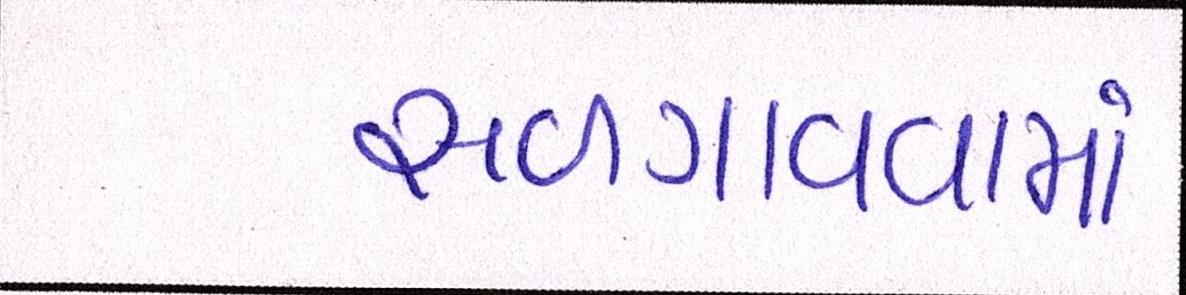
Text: સળગાવવામાં